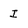
Character: I